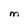
Character: M